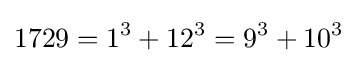
1729=1^{3}+12^{3}=9^{3}+10^{3}